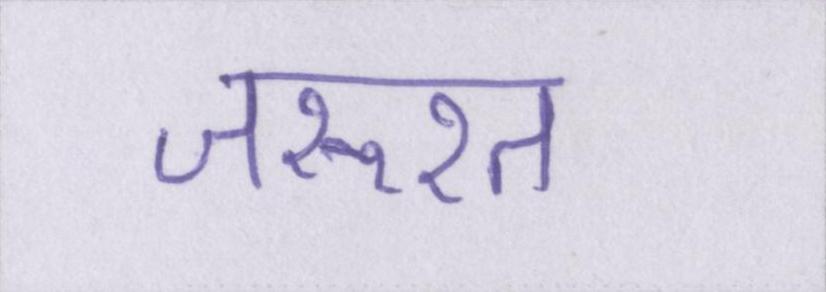
जरूरत